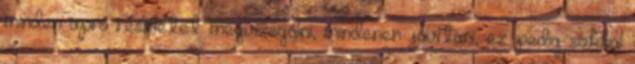
minden apró részletet megvizsgálni, mindenen javítani, ez pedig sokkal